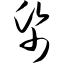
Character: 纸